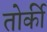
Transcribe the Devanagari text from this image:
तोर्की